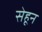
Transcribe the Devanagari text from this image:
सेहून